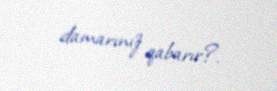
damarınız qabarır?.